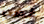
غضب